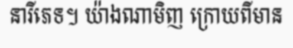
នារីភេទ។ យ៉ាងណាមិញ ក្រោយពីមាន